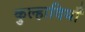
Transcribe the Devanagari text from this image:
कुल्हादियाँ